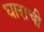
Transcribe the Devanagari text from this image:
घाराची